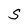
Character: S